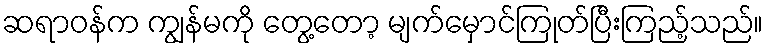
ဆရာဝန်က ကျွန်မကို တွေ့တော့ မျက်မှောင်ကြုတ်ပြီးကြည့်သည်။